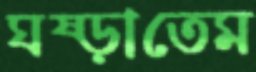
ঘষ্‌ড়াতেম